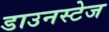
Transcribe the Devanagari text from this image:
डाउनस्टेज